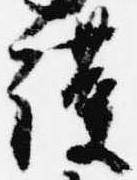
護